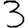
Digit: 3